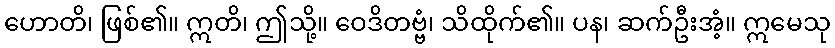
ဟောတိ၊ ဖြစ်၏။ ဣတိ၊ ဤသို့။ ဝေဒိတဗ္ဗံ၊ သိထိုက်၏။ ပန၊ ဆက်ဦးအံ့။ ဣမေသု